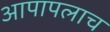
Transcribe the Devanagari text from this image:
आपापलाच